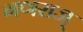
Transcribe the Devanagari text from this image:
गणराज्